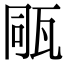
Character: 𤭁